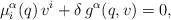
LaTeX: \begin{align*}\mu^{\alpha}_i(q)\,v^i+\delta\,g^{\alpha}(q,v)=0,\end{align*}